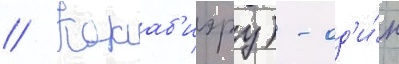
// Кокаб'иэру) - од'и́н